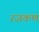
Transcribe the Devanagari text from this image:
रजकण